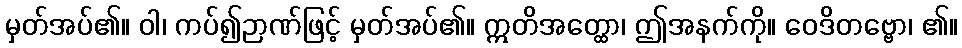
မှတ်အပ်၏။ ဝါ၊ ကပ်၍ဉာဏ်ဖြင့် မှတ်အပ်၏။ ဣတိအတ္ထော၊ ဤအနက်ကို။ ဝေဒိတဗ္ဗော၊ ၏။